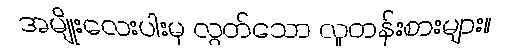
အမျိုးလေးပါးမှ လွတ်သော လူတန်းစားများ။